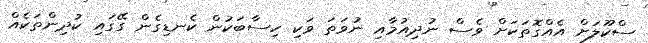
ސްކޫލަށް އެއްގޮތަކަށް ވެސް ނުދިއުމާއި ނުވަތަ ވަކި ހިސާބަކުން ކެނޑިގެން ގޭގައި ކުދިންތަކެއް